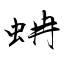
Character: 蚺